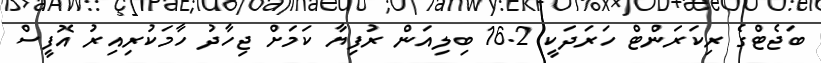
ބަޖެޓްގެ ރިކަރަންޓް ހަރަދަކީ 16.2 ބިލިއަން ރުފިޔާ ކަމަށް ޖިހާދު ހާމަކުރިއިރު އޮފީސް